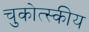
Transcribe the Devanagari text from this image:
चुकोत्स्कीय